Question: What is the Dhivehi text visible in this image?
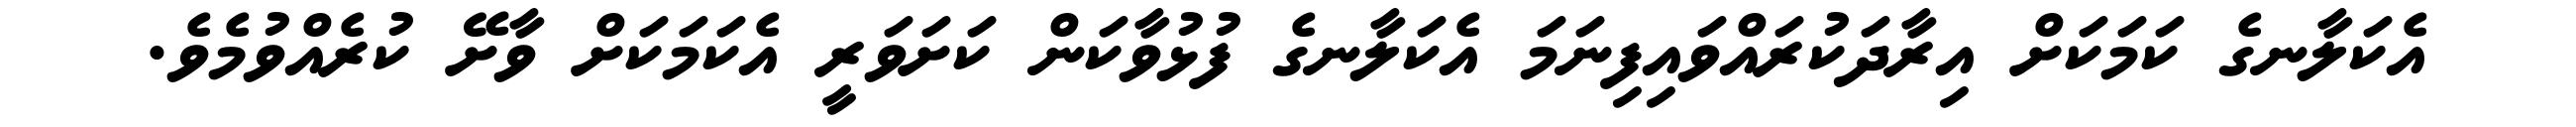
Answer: އެކަލާނގެ ކަމަކަށް އިރާދަކުރައްވައިފިނަމަ އެކަލާނގެ ފުޅުވާކަން ކަށަވަރީ އެކަމަކަށް ވާށޭ ކުރެއްވުމެވެ.